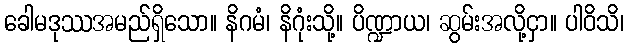
ခေါမဒုဿအမည်ရှိသော။ နိဂမံ၊ နိဂုံးသို့။ ပိဏ္ဍာယ၊ ဆွမ်းအလို့ငှာ။ ပါဝိသိ၊